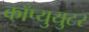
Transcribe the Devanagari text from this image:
काँप्युयुटर